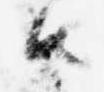
由